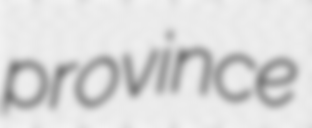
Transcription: province